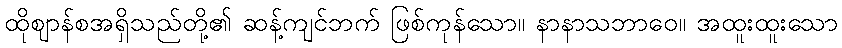
ထိုဈာန်စအရှိသည်တို့၏ ဆန့်ကျင်ဘက် ဖြစ်ကုန်သော။ နာနာသဘာဝေ။ အထူးထူးသော